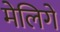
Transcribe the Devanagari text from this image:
मेलिगे